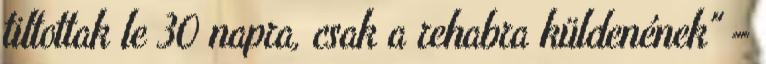
tiltottak le 30 napra, csak a rehabra küldenének" –